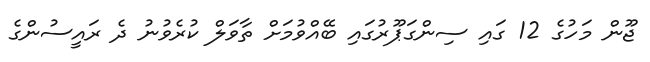
ޖޫން މަހުގެ 12 ގައި ސިންގަޕޫރުގައި ބޭއްވުމަށް ތާވަލް ކުރެވުނު ދެ ރައީސުންގެ